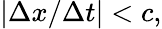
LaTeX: |\Delta x/\Delta t|<c,